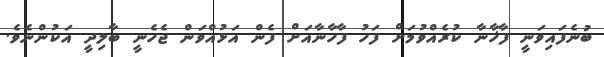
ބުނެފައިވަނީ ފާޚާނާ ކުރެއްވުމަށް ފަހު ފާހާނާއަށް ފެން އަޅުއްވަން ޖެހެނީ ބާލިދީ އަކުންނެވެ.